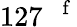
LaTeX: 127~\mathrm{~}^{\mathrm{~f~}}